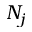
N _ { j }